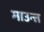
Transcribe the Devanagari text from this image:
माउन्त